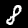
Label: 8